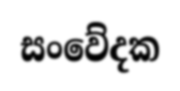
සංවේදක